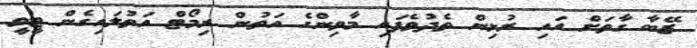
ޒޭބާ ގާތަށް އައި ރުޅިން ތެދުވެފައި މާވިންގެ އަތުން ރިމޯޓް އަތުލައިގެން ޓީވީ